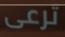
ترعى